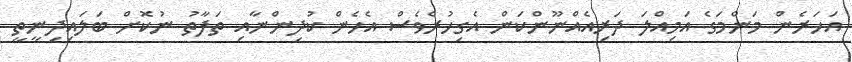
އަހަރެން މަންމަގެ އަމިއްލަ ދަރިއެއްނޫންކަން އެގިހުރެވެސް އެހެން ކުދިންނާއި ތަފާތު ނުކޮށް ބަލައިދިނީތީ